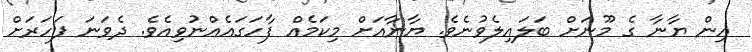
އިން ޔާނާ ގެ މޫނަށް ބަލައިލެވުނެވެ. ޔާނާއަށް މިކަމެއް ފާހަގައެއްނުވިއެވެ. ދެވަނަ ފަހަރަށް